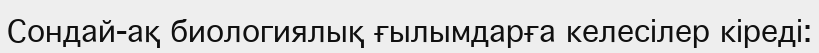
Сондай-ақ биологиялық ғылымдарға келесілер кіреді: